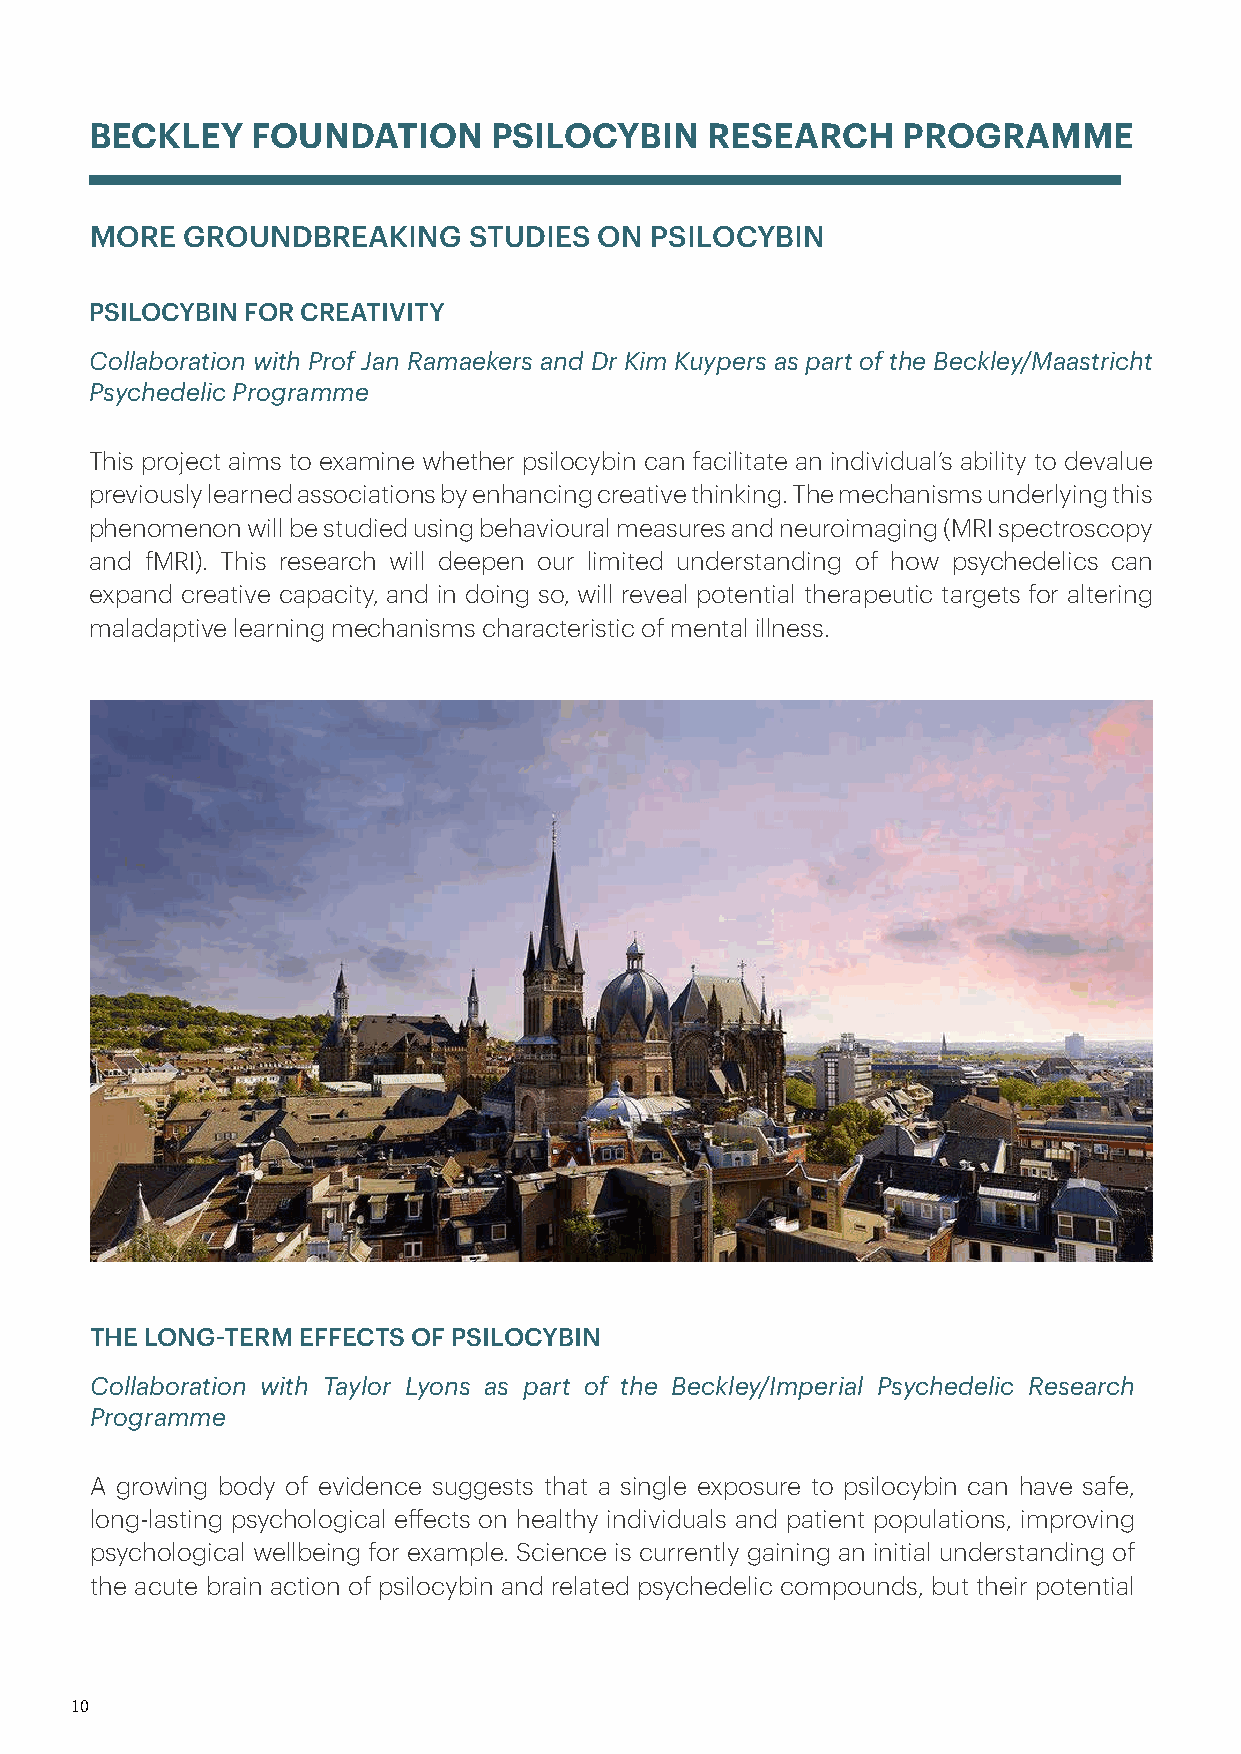
BECKLEY    FOUNDATION     PSILOCYBIN     RESEARCH     PROGRAMME
 MORE  GROUNDBREAKING     STUDIES  ON PSILOCYBIN
 PSILOCYBIN FOR CREATIVITY
 Collaboration with Prof Jan Ramaekers and Dr Kim Kuypers as part of the Beckley/Maastricht
 Psychedelic Programme
 This project aims to examine whether psilocybin can facilitate an individual’s ability to devalue
 previously learned associations by enhancing creative thinking. The mechanisms underlying this
 phenomenon will be studied using behavioural measures and neuroimaging (MRI spectroscopy
 and fMRI). This research will deepen our limited understanding of how psychedelics can
 expand creative capacity, and in doing so, will reveal potential therapeutic targets for altering
 maladaptive learning mechanisms characteristic of mental illness.
 THE LONG-TERM EFFECTS OF PSILOCYBIN
 Collaboration with Taylor Lyons as part of the Beckley/Imperial Psychedelic Research
 Programme
 A growing body of evidence suggests that a single exposure to psilocybin can have safe,
 long-lasting psychological effects on healthy individuals and patient populations, improving
 psychological wellbeing for example. Science is currently gaining an initial understanding of
 the acute brain action of psilocybin and related psychedelic compounds, but their potential
 10